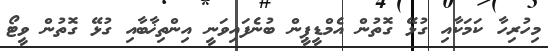
މިހުރިހާ ކަމަކާއި ގުޅޭ ގޮތުން އެމްޑީޕީން ބުނެފައިވަނީ އިންތިޚާބާއި ގުޅޭ ގޮތުން ވީޓޯ